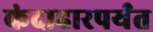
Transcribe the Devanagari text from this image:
कंदाहारपर्यंत